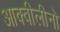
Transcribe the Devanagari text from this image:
आक्वीलीनो